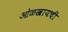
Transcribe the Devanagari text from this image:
ओळखायची